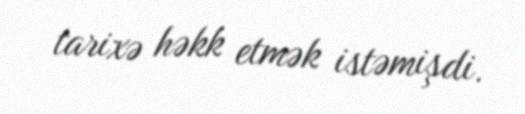
tarixə həkk etmək istəmişdi.